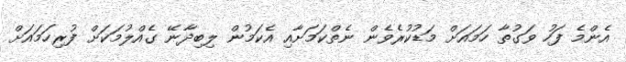
އެންމެ ފަހު ވަގުތާ ހަމައަށް މަޑުކުރެވެން ނެތްކަމަށާއި އެކަމުން ލިބިދާނޭ ގެއްލުމަކަށް ފުރިހަމައަށް